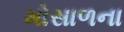
મોસાળના